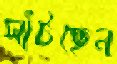
সাঁটছেন